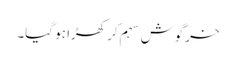
خرگوش سہم کر کھڑا ہو گیا۔